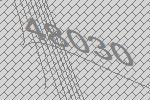
48030